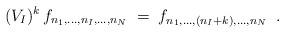
LaTeX: \begin{align*}(V_I)^k \, f_{n_1,\ldots,n_I,\ldots,n_N} \;=\; f_{n_1,\ldots,(n_I+k),\ldots,n_N} \;\;.\end{align*}